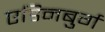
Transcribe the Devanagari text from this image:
एडिनबुर्ग